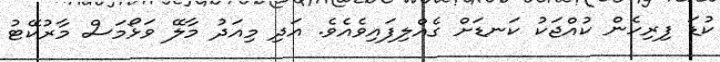
ކުޑަ ފިރިހެން ކުއްޖަކު ކަނޑަށް ގެއްލިފައިވެއެވެ. އަދި މިއަދު މާލޭ ވަޅޯމަސް މާރުކޭޓު